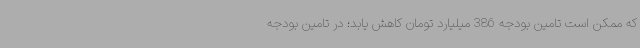
که ممکن است تامین بودجه 386 میلیارد تومان کاهش یابد؛ در تامین بودجه